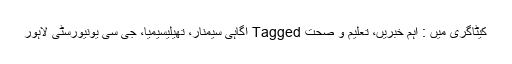
کیٹاگری میں : اہم خبریں، تعلیم و صحت Tagged آگاہی سیمنار، تھیلیسیمیا، جی سی یونیورسٹی لاہور